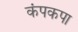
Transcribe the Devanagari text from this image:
कंपकपा